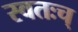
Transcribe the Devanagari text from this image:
स्वतःच्